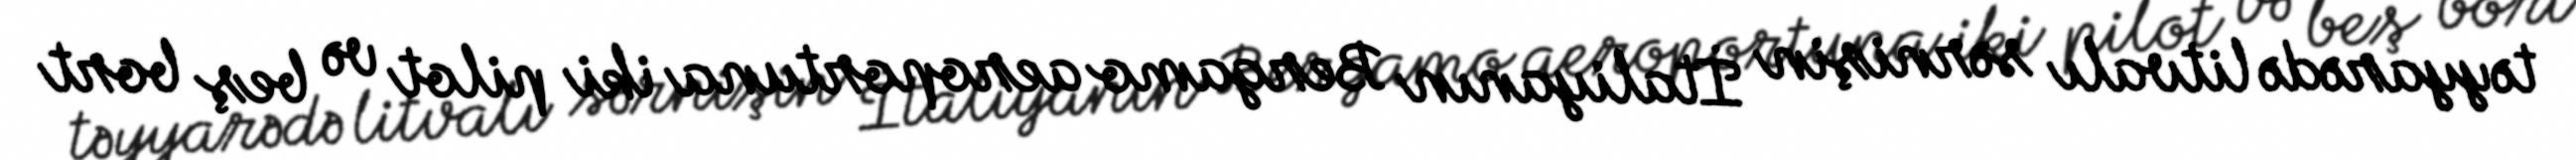
təyyarədə litvalı sərnişin İtaliyanın Bergamo aeroportuna iki pilot və beş bort